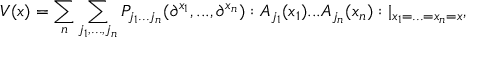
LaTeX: V ( x ) = \sum _ { n } \sum _ { j _ { 1 } , . . . , j _ { n } } P _ { j _ { 1 } . . . j _ { n } } ( \partial ^ { x _ { 1 } } , . . . , \partial ^ { x _ { n } } ) : A _ { j _ { 1 } } ( x _ { 1 } ) . . . A _ { j _ { n } } ( x _ { n } ) : | _ { x _ { 1 } = . . . = x _ { n } = x } ,